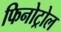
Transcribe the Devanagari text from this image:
फिनोट्रोल